system: You are a helpful assistant.
user:
Analyze the provided spectrum to determine if it is a **Carbon Star (C-type)**.

- **Key Visual Indicators of Carbon Star:**
    - **(Primary):** Strong molecular absorption from **C₂ (diatomic carbon) "Swan Bands."** This is the **defining feature** of a carbon star.
        - **(Key Bandheads):** Sharp absorption edges are visible at approximately $5635$ Å, $5165$ Å (the strongest band), and $4737$ Å.
        - **(Line Profile):** Creates a distinct **"saw-tooth"** pattern. The key morphology is a sharp, steep bandhead on the **red (long-wavelength) side**, which then gradually tapers off (i.e., flux recovers) towards the **blue (short-wavelength) side**. *(This is the direct opposite of the TiO bands seen in M-type stars)*.

    - **(Secondary):** Intense **CN (cyanogen)** molecular absorption bands.
        - **(Key Bandheads):** Located in the blue and violet regions of the spectrum (e.g., near $4215$ Å and $3883$ Å).
        - **(Morphology):** These bands are extremely broad and act as a "blanket," absorbing the vast majority of blue and violet light. This creates a characteristic **"cliff"** or **"steep drop-off"** in the spectrum's flux at short wavelengths.

    - **(Key Confirmation):** Strong **CH absorption band (G-band)**.
        - **(Key Bandhead):** Located around $4300$ Å. The contribution from CH molecules to this band is exceptionally strong.

    - **(Overall Spectrum):**
        - The continuum is severely "chopped up" by these deep molecular bands, especially C₂, rather than appearing as a smooth curve.
        - Due to the heavy CN and C₂ absorption in the blue-green, the vast majority of the star's flux is concentrated in the red part of the spectrum, giving the star its characteristic deep red color.

Think first, call **spectral_visualization_tool** if needed to examine features in detail, then provide your final answer. Your response must adhere to the following strict rules:
1.  **Overall Structure:** Your response must follow the format `<think>...</think> <tool_call>...</tool_call> (if a tool is used) <answer>...</answer>`.
2.  **Tool Usage Constraint:** You may only make **one** tool call per turn.
3.  **Final Answer Format:** In the `<answer>` tag, your conclusion must be inside a `\boxed{}` command (e.g., `\boxed{YES}`), followed by your justification.

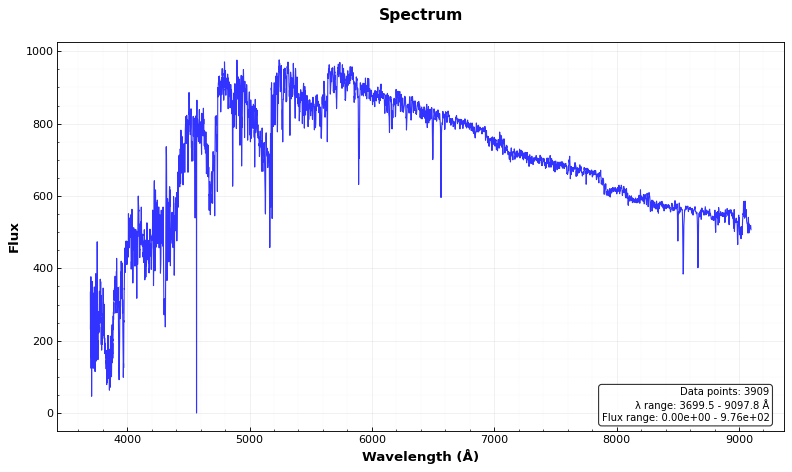
Answer: YES